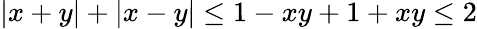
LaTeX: |x+y|+|x-y|\le 1-xy+1+xy\le 2